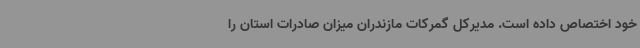
خود اختصاص داده است. مدیرکل گمرکات مازندران میزان صادرات استان را